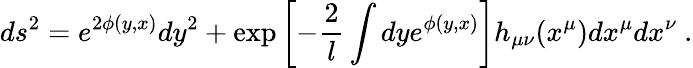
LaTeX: ds^{2}=e^{2\phi(y,x)}dy^{2}+\exp\left[-{\frac{2}{l}}\int dye^{\phi(y,x)}\right]h_{\mu\nu}(x^{\mu})dx^{\mu}dx^{\nu}\ .